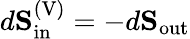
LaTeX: d{\mathbf S}_{\mathrm{in}}^{\mathrm{(V)}}=-d{\mathbf S}_{\mathrm{out}}